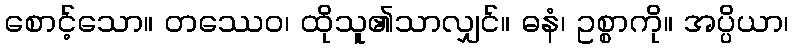
စောင့်သော။ တဿေဝ၊ ထိုသူ၏သာလျှင်။ ဓနံ၊ ဥစ္စာကို။ အပ္ပိယာ၊